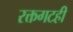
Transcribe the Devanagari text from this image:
रक्तगटही